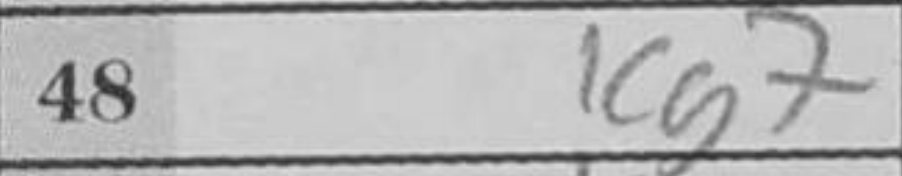
Transcription: Kg7